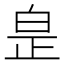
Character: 𤽢